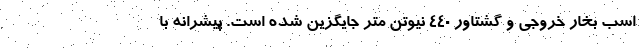
اسب بخار خروجی و گشتاور 440 نیوتن متر جایگزین شده است. پیشرانه با